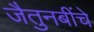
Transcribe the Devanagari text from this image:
जैतुनबींचे